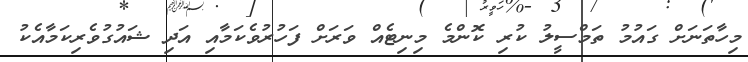
މިހާތަނަށް ގައުމު ތަމްސީލު ކުރި ކޮންމެ މިނިޓެއް ވަރަށް ފަހުރުވެކަމާއި އަދި ޝައުގުވެރިކަމާއެކު